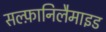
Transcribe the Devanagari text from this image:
सल्फ़ानिलैमाइड